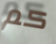
كم